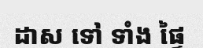
ដាស ទៅ ទាំង ផ្ទៃ